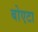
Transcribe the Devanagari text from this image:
बोएटा